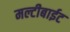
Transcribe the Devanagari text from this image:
मल्टीबाईट